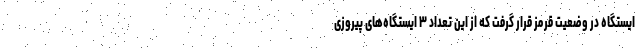
ایستگاه در وضعیت قرمز قرار گرفت که از این تعداد ۳ ایستگاه‌های پیروزی